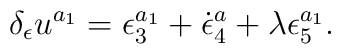
\delta _\epsilon u^{a_1}=\epsilon _3^{a_1}+\dot \epsilon_4^a+\lambda \epsilon _5^{a_1}.